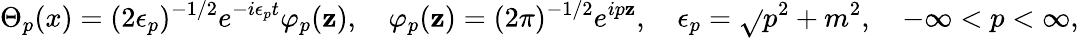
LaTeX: \Theta_{p}(x)=(2\epsilon_{p})^{-1/2}e^{-i\epsilon_{p}t}\varphi_{p}(\mathbf{z}),\quad\varphi_{p}(\mathbf{z})=(2\pi)^{-1/2}e^{ip\mathbf{z}},\quad\epsilon_{p}=\sqrt{}{{p^{2}+m^{2}}},\quad-\infty<p<\infty,